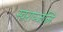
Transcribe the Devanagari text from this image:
स्वराञ्जलि